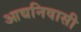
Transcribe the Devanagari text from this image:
आद्यनिवासी